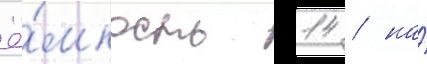
ё́мкость 14 / на́